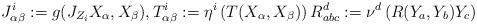
LaTeX: \begin{align*}J_{\alpha\beta}^{i}:=g(J_{Z_i}X_\alpha,X_\beta),T_{\alpha\beta}^{i}:=\eta^i\left(T(X_\alpha,X_\beta)\right)R_{abc}^d:=\nu^d \left(R(Y_a,Y_b)Y_c\right)\end{align*}